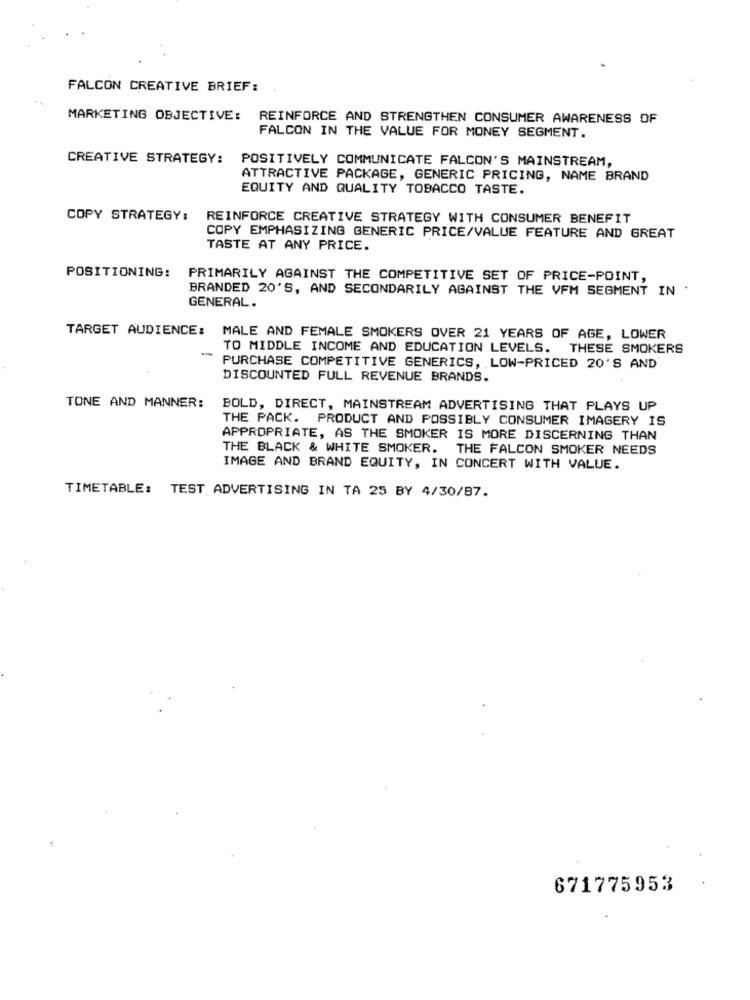
FALCON CREATIVE BRIEF:
MARKETING OBJECTIVE: REINFORCE AND STRENGTHEN CONSUMER AWARENESS OF
FALCON IN THE VALUE FOR MONEY SEGMENT.
CREATIVE STRATEGY:
POSITIVELY COMMUNICATE FALCON'S MAINSTREAM,
ATTRACTIVE PACKAGE, GENERIC PRICING, NAME BRAND
EQUITY AND QUALITY TOBACCO TASTE.
COPY STRATEGY:
REINFORCE CREATIVE STRATEGY WITH CONSUMER BENEFIT
COPY EMPHASIZING GENERIC PRICE/VALUE FEATURE AND GREAT
TASTE AT ANY PRICE.
POSITIONING: PRIMARILY AGAINST THE COMPETITIVE SET OF PRICE-POINT,
BRANDED 20'S, AND SECONDARILY AGAINST THE VFM SEGMENT IN .
GENERAL.
TARGET AUDIENCE: MALE AND FEMALE SMOKERS OVER 21 YEARS OF AGE, LOWER
-
TO MIDDLE INCOME AND EDUCATION LEVELS. THESE SMOKERS
PURCHASE COMPETITIVE GENERICS, LOW-PRICED 20'S AND
DISCOUNTED FULL REVENUE BRANDS.
TONE AND MANNER:
BOLD, DIRECT, MAINSTREAM ADVERTISING THAT PLAYS UP
THE PACK. PRODUCT AND POSSIBLY CONSUMER IMAGERY IS
APPROPRIATE, AS THE SMOKER IS MORE DISCERNING THAN
THE BLACK & WHITE SMOKER. THE FALCON SMOKER NEEDS
IMAGE AND BRAND EQUITY, IN CONCERT WITH VALUE.
TIMETABLE: TEST ADVERTISING IN TA 25 BY 4/30/87.
671775953